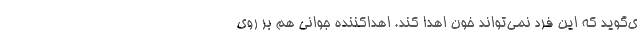
ی‌گوید که این فرد نمی‌تواند خون اهدا کند. اهداکننده جوانی هم بر روی